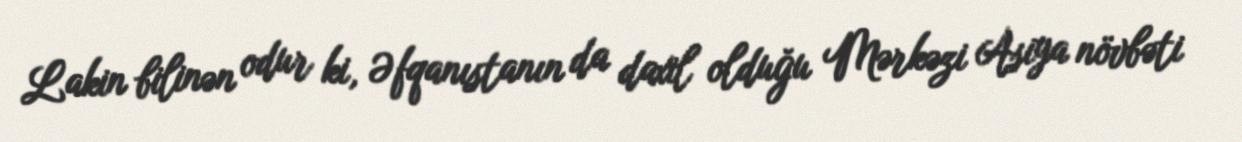
Lakin bilinən odur ki, Əfqanıstanın da daxil olduğu Mərkəzi Asiya növbəti